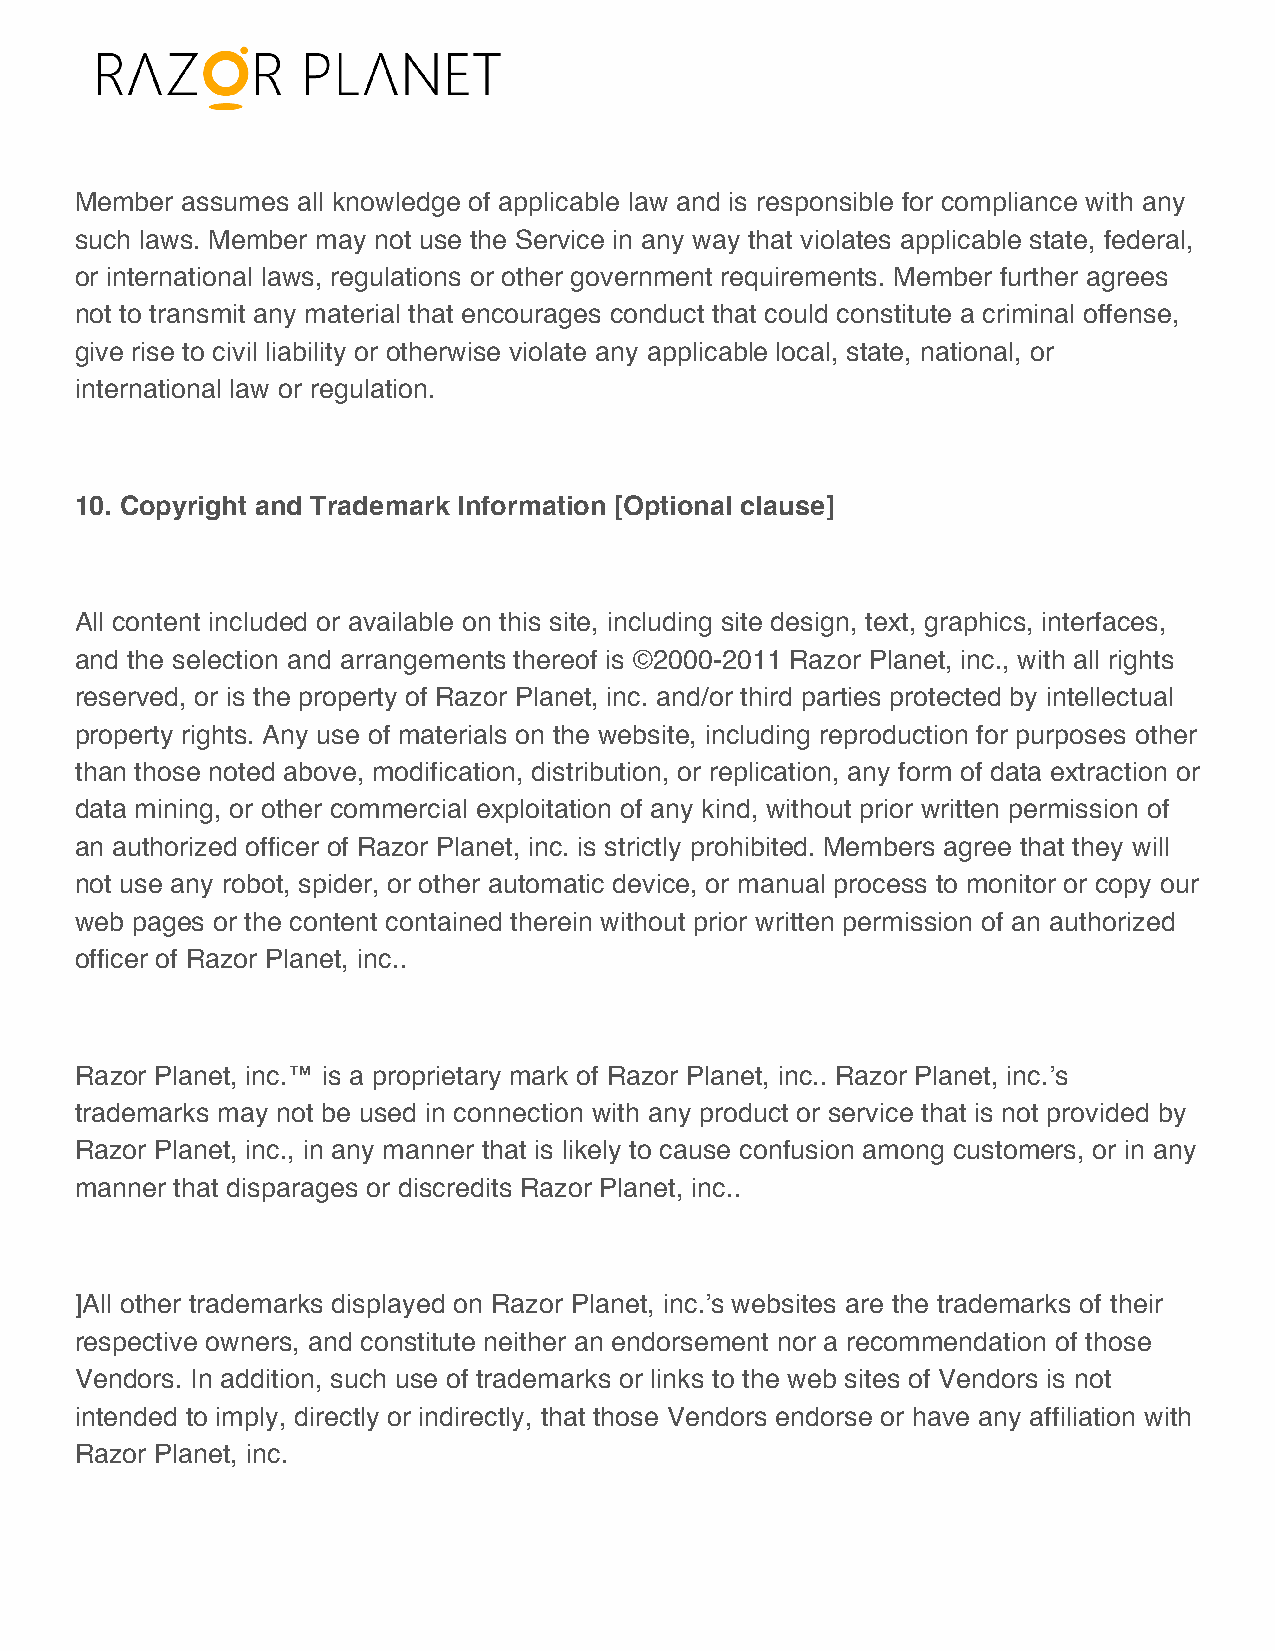
Member assumes all knowledge of applicable law and is responsible for compliance with any
 such laws. Member may not use the Service in any way that violates applicable state, federal,
 or international laws, regulations or other government requirements. Member further agrees
 not to transmit any material that encourages conduct that could constitute a criminal offense,
 give rise to civil liability or otherwise violate any applicable local, state, national, or
 international law or regulation.
 10. Copyright and Trademark Information [Optional clause]
 All content included or available on this site, including site design, text, graphics, interfaces,
 and the selection and arrangements thereof is ©2000-2011 Razor Planet, inc., with all rights
 reserved, or is the property of Razor Planet, inc. and/or third parties protected by intellectual
 property rights. Any use of materials on the website, including reproduction for purposes other
 than those noted above, modification, distribution, or replication, any form of data extraction or
 data mining, or other commercial exploitation of any kind, without prior written permission of
 an authorized officer of Razor Planet, inc. is strictly prohibited. Members agree that they will
 not use any robot, spider, or other automatic device, or manual process to monitor or copy our
 web pages or the content contained therein without prior written permission of an authorized
 officer of Razor Planet, inc..
 Razor Planet, inc.™ is a proprietary mark of Razor Planet, inc.. Razor Planet, inc.ʼs
 trademarks may not be used in connection with any product or service that is not provided by
 Razor Planet, inc., in any manner that is likely to cause confusion among customers, or in any
 manner that disparages or discredits Razor Planet, inc..
 ]All other trademarks displayed on Razor Planet, inc.ʼs websites are the trademarks of their
 respective owners, and constitute neither an endorsement nor a recommendation of those
 Vendors. In addition, such use of trademarks or links to the web sites of Vendors is not
 intended to imply, directly or indirectly, that those Vendors endorse or have any affiliation with
 Razor Planet, inc.